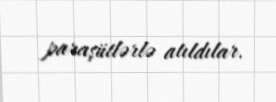
paraşütlərlə atıldılar.